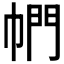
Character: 𪩴